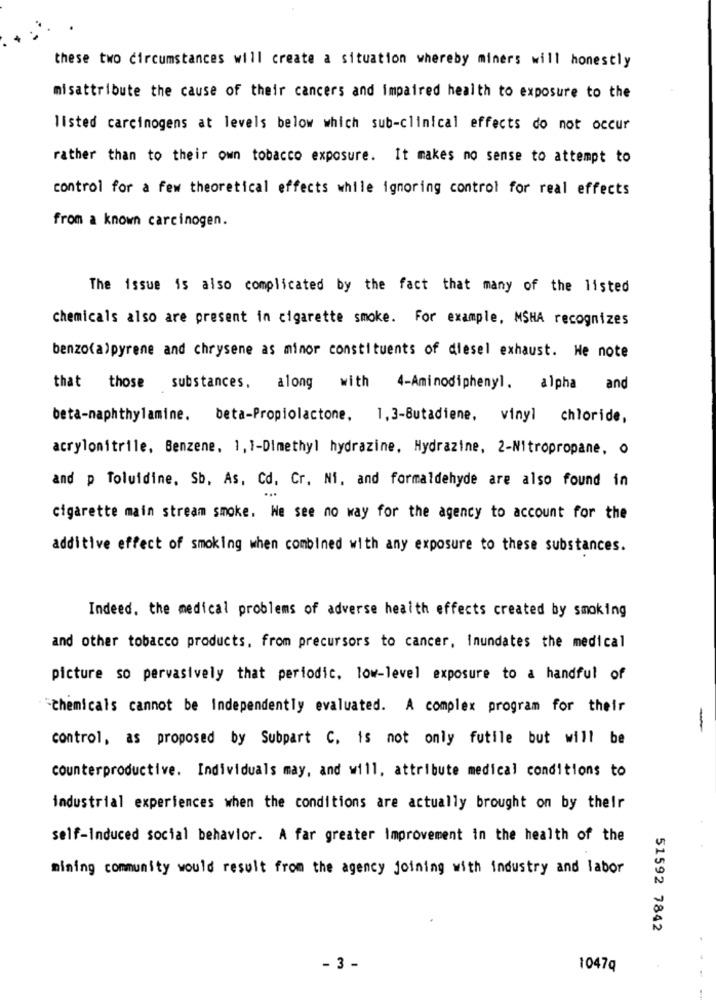
these two circumstances will create a situation whereby miners will honestly
misattribute the cause of their cancers and impaired health to exposure to the
listed carcinogens at levels below which sub-clinical effects do not occur
rather than to their own tobacco exposure. It makes no sense to attempt to
control for a few theoretical effects while ignoring control for real effects
from a known carcinogen.
The issue is also complicated by the fact that many of the listed
chemicals also are present in cigarette smoke. For example, MSHA recognizes
benzo(a)pyrene and chrysene as minor constituents of diesel exhaust. He note
that those substances, along with 4-Aminodiphenyl. alpha and
beta-naphthylamine. beta-Propiolactone, 1,3-Butadiene, vinyl chloride,
acrylonitrile, Benzene, 1, 1-Dimethyl hydrazine, Hydrazine, 2-Nitropropane, o
and p Toluidine. Sb, As, Cd. Cr. Ni. and formaldehyde are also found in
cigarette main stream smoke. We see no way for the agency to account for the
additive effect of smoking when combined with any exposure to these substances.
Indeed, the medical problems of adverse health effects created by smoking
and other tobacco products, from precursors to cancer, inundates the medical
picture so pervasively that periodic, low-level exposure to a handful of
"chemicals cannot be Independently evaluated. A complex program for their
-
control, as proposed by Subpart C. is not only futile but will be
counterproductive. Individuals may, and will, attribute medical conditions to
industrial experiences when the conditions are actually brought on by their
self-Induced social behavior. A far greater Improvement in the health of the
mining community would result from the agency joining with industry and labor
51592 7842
- 3 -
1047q